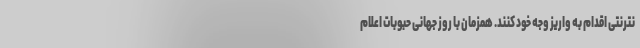
نترنتی اقدام به واریز وجه خود کنند. همزمان با روز جهانی حبوبات اعلام